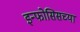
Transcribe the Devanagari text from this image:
इन्फोसिसच्या